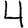
Digit: 4